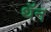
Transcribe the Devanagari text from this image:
थॅन